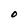
Character: O